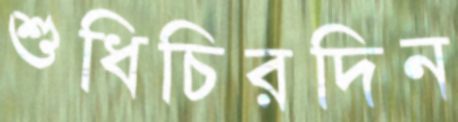
শুধিচিরদিন